Report on horse surra - Volume II, Part II
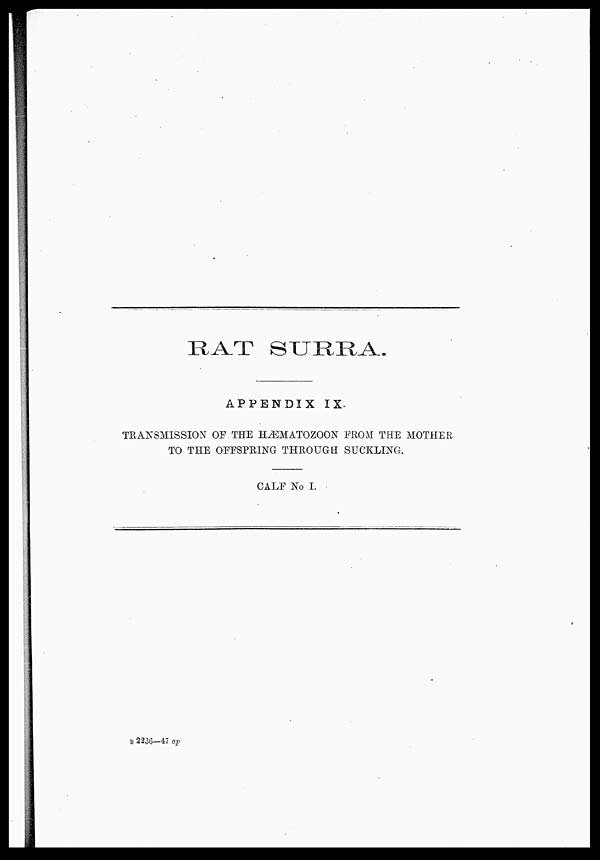
RAT
SURRA.
APPENDIX IX.
TRANSMISSION OF THE HÆMATOZOON FROM THE MOTHER
TO THE OFFSPRING THROUGH SUCKLING.
CALF No I.
B 2236—47 ap